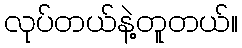
လုပ်တယ်နဲ့တူတယ်။